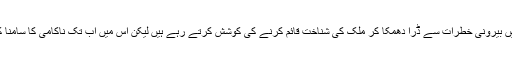
’حکمران ہمیں بیرونی خطرات سے ڈرا دھمکا کر ملک کی شناخت قائم کرنے کی کوشش کرتے رہے ہیں لیکن اس میں اب تک ناکامی کا سامنا کرنا پڑا ہے۔